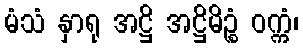
မံသံ နှာရု အဋ္ဌိ အဋ္ဌိမိဉ္စံ ဝက္ကံ၊